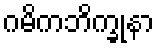
ဂမိကဘိက္ခုနာ